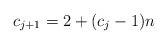
LaTeX: \begin{align*}c_{j+1}=2+(c_j-1)n\end{align*}